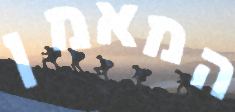
המאמן